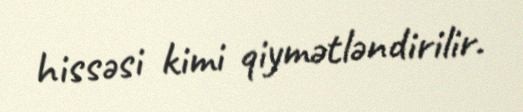
hissəsi kimi qiymətləndirilir.